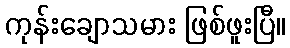
ကုန်းချောသမား ဖြစ်ဖူးပြီ။